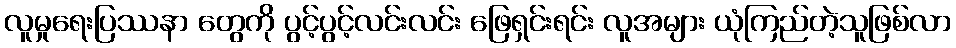
လူမှုရေးပြဿနာ တွေကို ပွင့်ပွင့်လင်းလင်း ဖြေရှင်းရင်း လူအများ ယုံကြည်တဲ့သူဖြစ်လာ